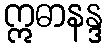
ဣဓာနန္ဒ